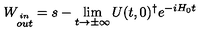
W _ { \stackrel { i n } { o u t } } = s - \lim _ { t \rightarrow \pm \infty } U ( t , 0 ) ^ { \dagger } e ^ { - i H _ { 0 } t }